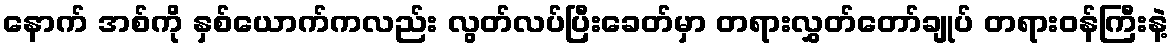
နောက် အစ်ကို နှစ်ယောက်ကလည်း လွတ်လပ်ပြီးခေတ်မှာ တရားလွှတ်တော်ချုပ် တရားဝန်ကြီးနဲ့